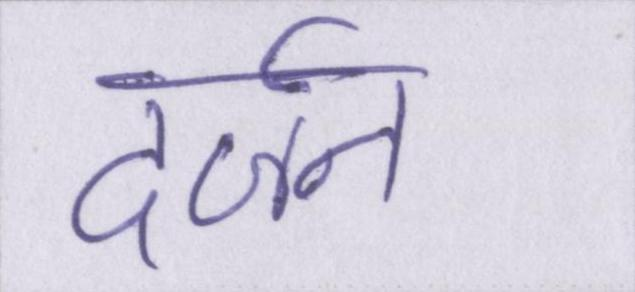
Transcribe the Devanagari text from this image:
दर्जन